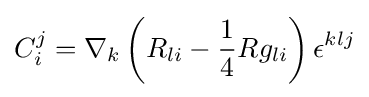
C_{i}^{j}=\nabla _{k}\left(R_{li}-{\frac {1}{4}}Rg_{li}\right)\epsilon ^{klj}